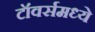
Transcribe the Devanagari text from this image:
टॉवर्समध्ये